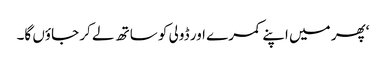
‘پھر میں اپنے کمرے اور ڈولی کو ساتھ لے کر جاؤں گا۔